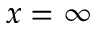
x = \infty